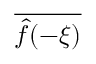
\overline { { { \hat { f } } ( - \xi ) } }